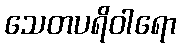
သေတပရိဝါရော